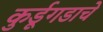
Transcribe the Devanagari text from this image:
कुर्डूगडाचे